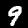
Digit: 9